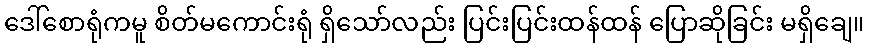
ဒေါ်စောရုံကမူ စိတ်မကောင်းရုံ ရှိသော်လည်း ပြင်းပြင်းထန်ထန် ပြောဆိုခြင်း မရှိချေ။